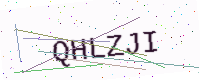
Text: QHLZJI